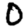
Digit: 0